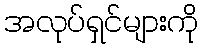
အလုပ်ရှင်များကို